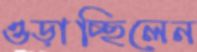
ওড়াচ্ছিলেন